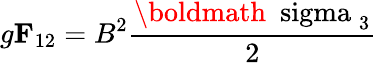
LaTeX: g{\mathbf F}_{12}=B^{2}{\frac{\mathrm{\boldmath~\ sigma~}_{3}}{2}}